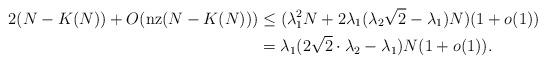
LaTeX: \begin{align*}2(N-K(N) )+O(\operatorname{nz}(N-K(N)))&\le (\lambda_1^2 N+ 2 \lambda_1(\lambda_2\sqrt{2}-\lambda_1) N)(1+o(1))\\ &= \lambda_1 (2\sqrt{2} \cdot \lambda_2 - \lambda_1)N(1+o(1)).\end{align*}